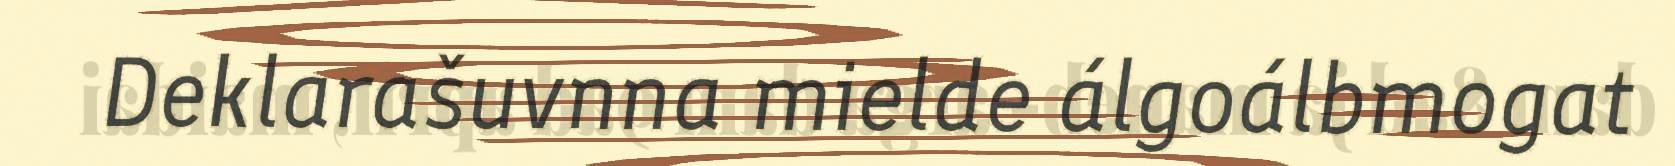
Deklarašuvnna mielde álgoálbmogat